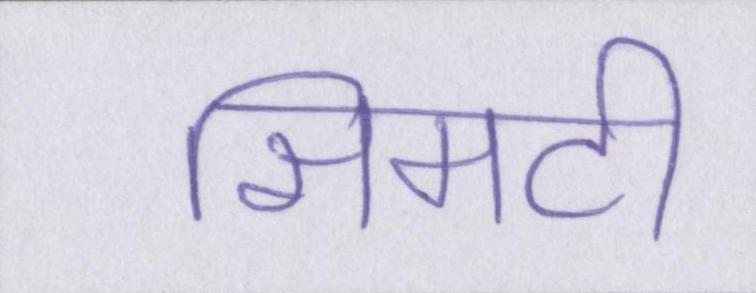
सिमटी